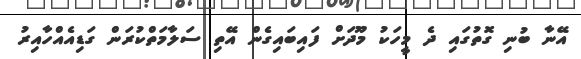
އޭނާ ބުނި ގޮތުގައި ދެ މީހަކު މޫދަށް ފައިބައިގެން އޭތި ސަލާމަތްކުރަން ގަޑިއެއްހާއިރު